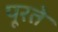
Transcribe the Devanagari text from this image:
पूरते